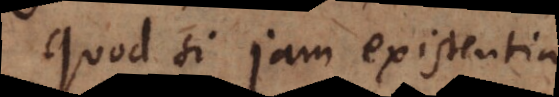
Quod si jam existentia